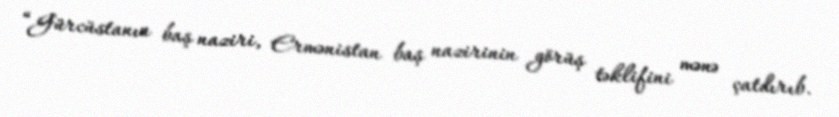
“Gürcüstanın baş naziri, Ermənistan baş nazirinin görüş təklifini mənə çatdırıb.